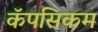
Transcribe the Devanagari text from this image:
कॅपसिकम